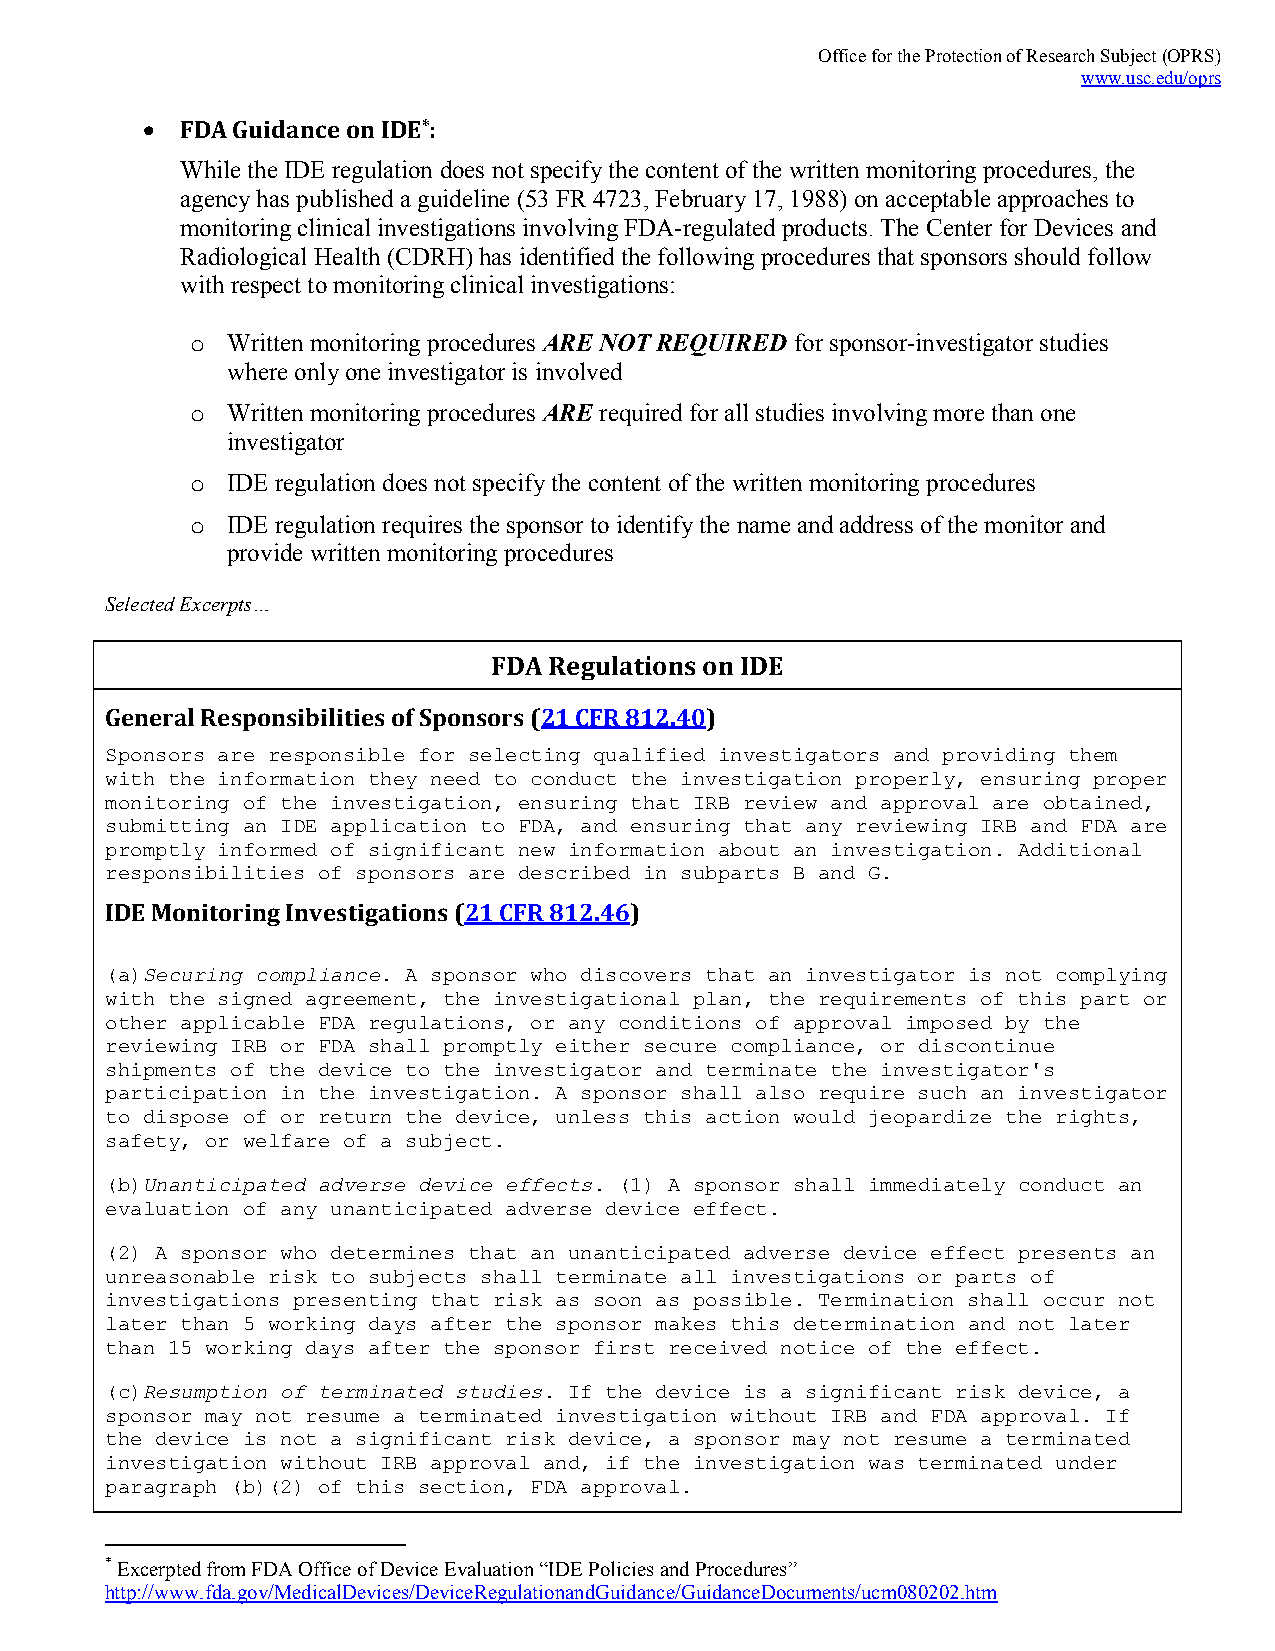
Office for the Protection of Research Subject (OPRS)
 www.usc.edu/oprs
   FDA Guidance on IDE*:
 While the IDE regulation does not specify the content of the written monitoring procedures, the
 agency has published a guideline (53 FR 4723, February 17, 1988) on acceptable approaches to
 monitoring clinical investigations involving FDA-regulated products. The Center for Devices and
 Radiological Health (CDRH) has identified the following procedures that sponsors should follow
 with respect to monitoring clinical investigations:
 o Written monitoring procedures ARE NOT REQUIRED for sponsor-investigator studies
 where only one investigator is involved
 o Written monitoring procedures ARE required for all studies involving more than one
 investigator
 o IDE regulation does not specify the content of the written monitoring procedures
 o IDE regulation requires the sponsor to identify the name and address of the monitor and
 provide written monitoring procedures
 Selected Excerpts…
 FDA Regulations on IDE
 General Responsibilities of Sponsors (21 CFR 812.40)
 Sponsors are responsible for selecting qualified investigators and providing them
 with the information they need to conduct the investigation properly, ensuring proper
 monitoring of the investigation, ensuring that IRB review and approval are obtained,
 submitting an IDE application to FDA, and ensuring that any reviewing IRB and FDA are
 promptly informed of significant new information about an investigation. Additional
 responsibilities of sponsors are described in subparts B and G.
 IDE Monitoring Investigations (21 CFR 812.46)
 (a)Securing compliance. A sponsor who discovers that an investigator is not complying
 with the signed agreement, the investigational plan, the requirements of this part or
 other applicable FDA regulations, or any conditions of approval imposed by the
 reviewing IRB or FDA shall promptly either secure compliance, or discontinue
 shipments of the device to the investigator and terminate the investigator's
 participation in the investigation. A sponsor shall also require such an investigator
 to dispose of or return the device, unless this action would jeopardize the rights,
 safety, or welfare of a subject.
 (b)Unanticipated adverse device effects. (1) A sponsor shall immediately conduct an
 evaluation of any unanticipated adverse device effect.
 (2) A sponsor who determines that an unanticipated adverse device effect presents an
 unreasonable risk to subjects shall terminate all investigations or parts of
 investigations presenting that risk as soon as possible. Termination shall occur not
 later than 5 working days after the sponsor makes this determination and not later
 than 15 working days after the sponsor first received notice of the effect.
 (c)Resumption of terminated studies. If the device is a significant risk device, a
 sponsor may not resume a terminated investigation without IRB and FDA approval. If
 the device is not a significant risk device, a sponsor may not resume a terminated
 investigation without IRB approval and, if the investigation was terminated under
 paragraph (b)(2) of this section, FDA approval.
 * Excerpted from FDA Office of Device Evaluation “IDE Policies and Procedures”
 http://www.fda.gov/MedicalDevices/DeviceRegulationandGuidance/GuidanceDocuments/ucm080202.htm